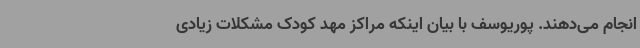
انجام می‌دهند. پوریوسف با بیان اینکه مراکز مهد کودک مشکلات زیادی